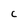
Character: C